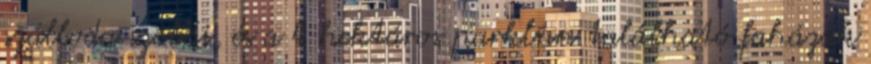
szálloda szobái, és a 4 hektáros parkban található faházak